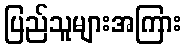
ပြည်သူများအကြား